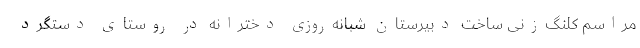
مراسم کلنگ‌زنی ساخت دبیرستان شبانه‌روزی دخترانه در روستای دَستگِرد